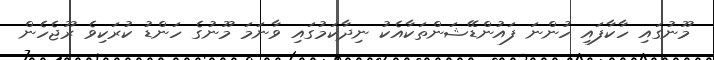
މޫނުގައި ހާކާފައި ހުންނަ ފައުންޑޭޝަންތަކާއެކު ނިދާކަމުގައި ވާނަމަ މޫނުގެ ހަންޑު ކުރަކިވެ ރޫޖެހެން